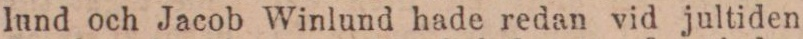
lund och Jacob Winlund hade redan vid jultiden